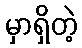
မှာရှိတဲ့